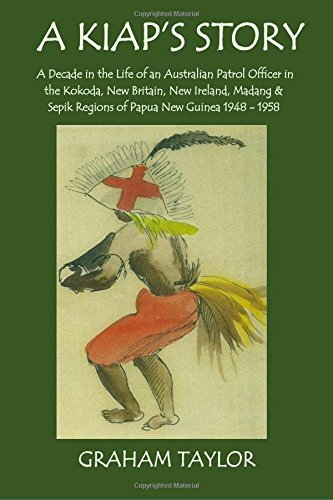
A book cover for A Kiap's Story: A Decade in the Life and Work of an Australian Patrol Officer in the Kokoda, New Britain, New Ireland, Madang and Sepik Regions of Papua New Guinea 1948-1958; Graham Taylor; History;